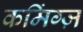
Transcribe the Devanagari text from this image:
कमिंग्ज़